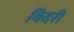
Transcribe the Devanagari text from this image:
बिदरी